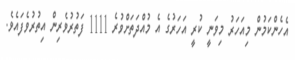
އެހެންކަމުން މިއަހަރު މިވަނީ ކުރީ އަހަަރުގެ އެ މުއްދަތަށްވުރެ 1111 ފަތުރުވެރިން އިތުރުވެފައެވެ.